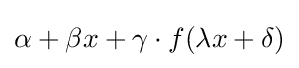
\alpha +\beta x+\gamma \cdot f(\lambda x+\delta )